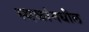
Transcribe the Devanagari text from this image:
स्थळांमधील